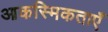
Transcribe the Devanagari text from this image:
आकस्मिकताएँ